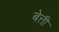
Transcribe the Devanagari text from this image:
बेत्ती